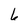
Character: 6